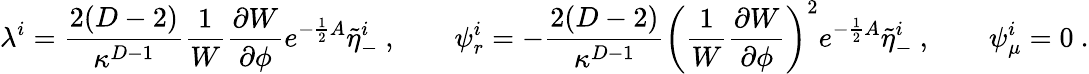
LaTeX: \lambda^{i}={\frac{2(D-2)}{\kappa^{D-1}}}{\frac{1}{W}}{\frac{\partial W}{\partial\phi}}e^{-{\frac{1}{2}}A}\tilde{\eta}_{-}^{i}\ ,\qquad\psi_{r}^{i}=-{\frac{2(D-2)}{\kappa^{D-1}}}\left({\frac{1}{W}}{\frac{\partial W}{\partial\phi}}\right)^{2}e^{-{\frac{1}{2}}A}\tilde{\eta}_{-}^{i}\ ,\qquad\psi_{\mu}^{i}=0\ .